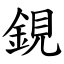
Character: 鋧